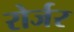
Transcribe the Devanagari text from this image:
रोर्जर